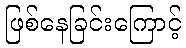
ဖြစ်နေခြင်းကြောင့်